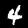
Label: 4